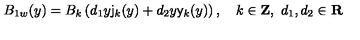
B _ { 1 w } ( y ) = B _ { k } \left( d _ { 1 } y \mathsf { j } _ { k } ( y ) + d _ { 2 } y \mathsf { y } _ { k } ( y ) \right) , \quad k \in \mathbf { Z } , \ d _ { 1 } , d _ { 2 } \in \mathbf { R }